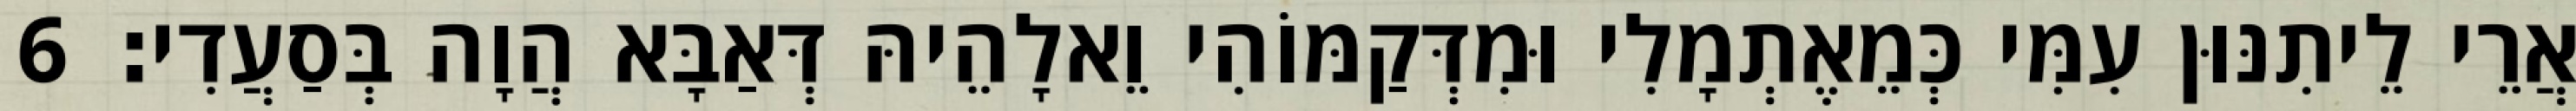
אֲרֵי לֵיתִנּוּן עִמִּי כְּמֵאֶתְמָלִי וּמִדְּקַמּוֹהִי וֵאלָהֵיהּ דְּאַבָּא הֲוָה בְּסַעֲדִי׃ 6